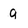
Character: q